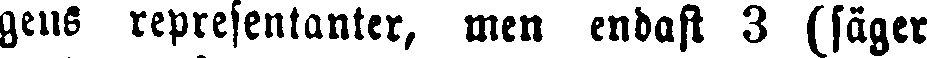
gens representanter, men endast 3 (säger